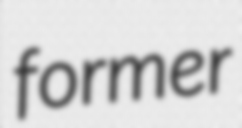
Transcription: former